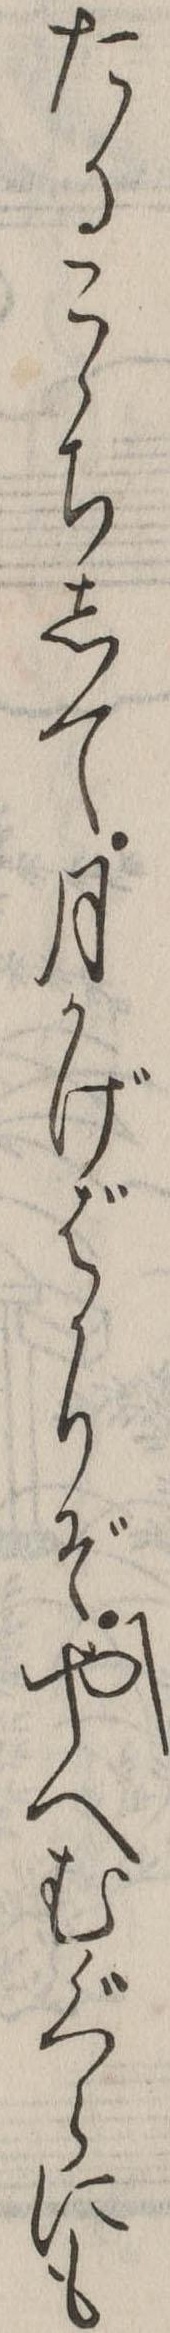
たるこゝちして月かげばかりぞやへむぐらにも